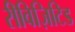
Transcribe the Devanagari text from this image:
रीविज़िटिड